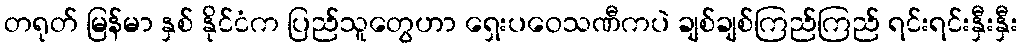
တရုတ် မြန်မာ နှစ် နိုင်ငံက ပြည်သူတွေဟာ ရှေးပဝေသဏီကပဲ ချစ်ချစ်ကြည်ကြည် ရင်းရင်းနှီးနှီး